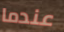
عندما